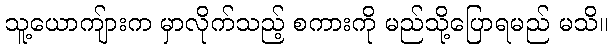
သူ့ယောကျ်ားက မှာလိုက်သည့် စကားကို မည်သို့ပြောရမည် မသိ။